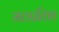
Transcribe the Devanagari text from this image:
मठप्रतिष्ठा